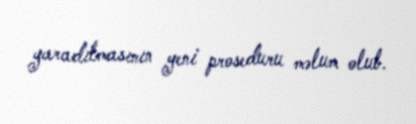
yaradılmasının yeni proseduru məlum olub.